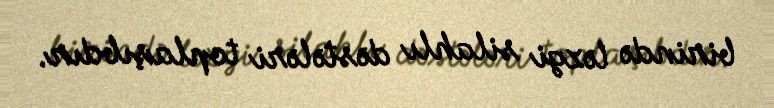
birində ləzgi silahlı dəstələri toplaşıbdır.